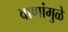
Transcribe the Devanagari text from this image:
वाणांमुळे